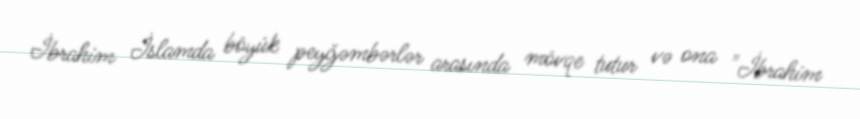
İbrahim İslamda böyük peyğəmbərlər arasında mövqe tutur və ona "İbrahim